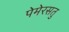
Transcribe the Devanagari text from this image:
पेमेरसतु